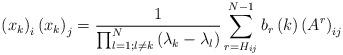
LaTeX: \begin{align*}\left( x_{k}\right) _{i}\left( x_{k}\right) _{j}=\frac{1}{{\prod_{l=1;l\neq k}^{N}}\left( \lambda_{k}-\lambda_{l}\right) }\sum_{r=H_{ij}}^{N-1}b_{r}\left( k\right) \left( A^{r}\right) _{ij}\end{align*}